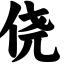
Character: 侥